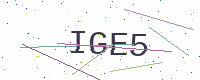
Text: IGE5